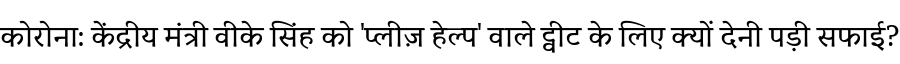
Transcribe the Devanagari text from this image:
कोरोना: केंद्रीय मंत्री वीके सिंह को 'प्लीज़ हेल्प' वाले ट्वीट के लिए क्यों देनी पड़ी सफाई?